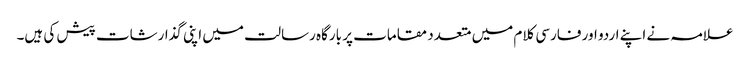
علامہ نے اپنے اردو اور فارسی کلام میں متعدد مقامات پر بارگاہ رسالت میں اپنی گذارشات پیش کی ہیں۔